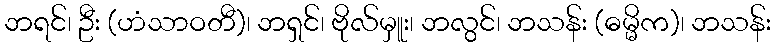
ဘရင်၊ ဦး (ဟံသာဝတီ)၊ ဘရှင်၊ ဗိုလ်မှူး၊ ဘလွင်၊ ဘသန်း (ဓမ္မိက)၊ ဘသန်း